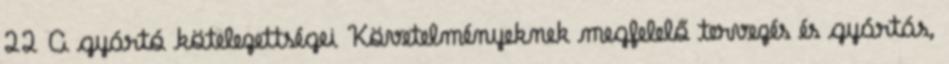
22 A gyártó kötelezettségei Követelményeknek megfelelő tervezés és gyártás,